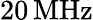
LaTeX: {20}\, \mathrm{MHz}